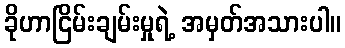
ခိုဟာငြိမ်းချမ်းမှုရဲ့ အမှတ်အသားပါ။